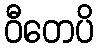
ဝီတေပိ